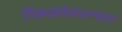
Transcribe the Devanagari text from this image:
शिलालेखाभ्यास